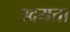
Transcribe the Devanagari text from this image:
उदयता